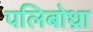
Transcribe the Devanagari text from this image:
पलिबोथ्रा